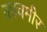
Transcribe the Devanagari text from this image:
काचमीर